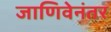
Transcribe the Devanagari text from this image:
जाणिवेनंतर